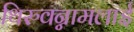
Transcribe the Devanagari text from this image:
थिरुवन्नामलाई